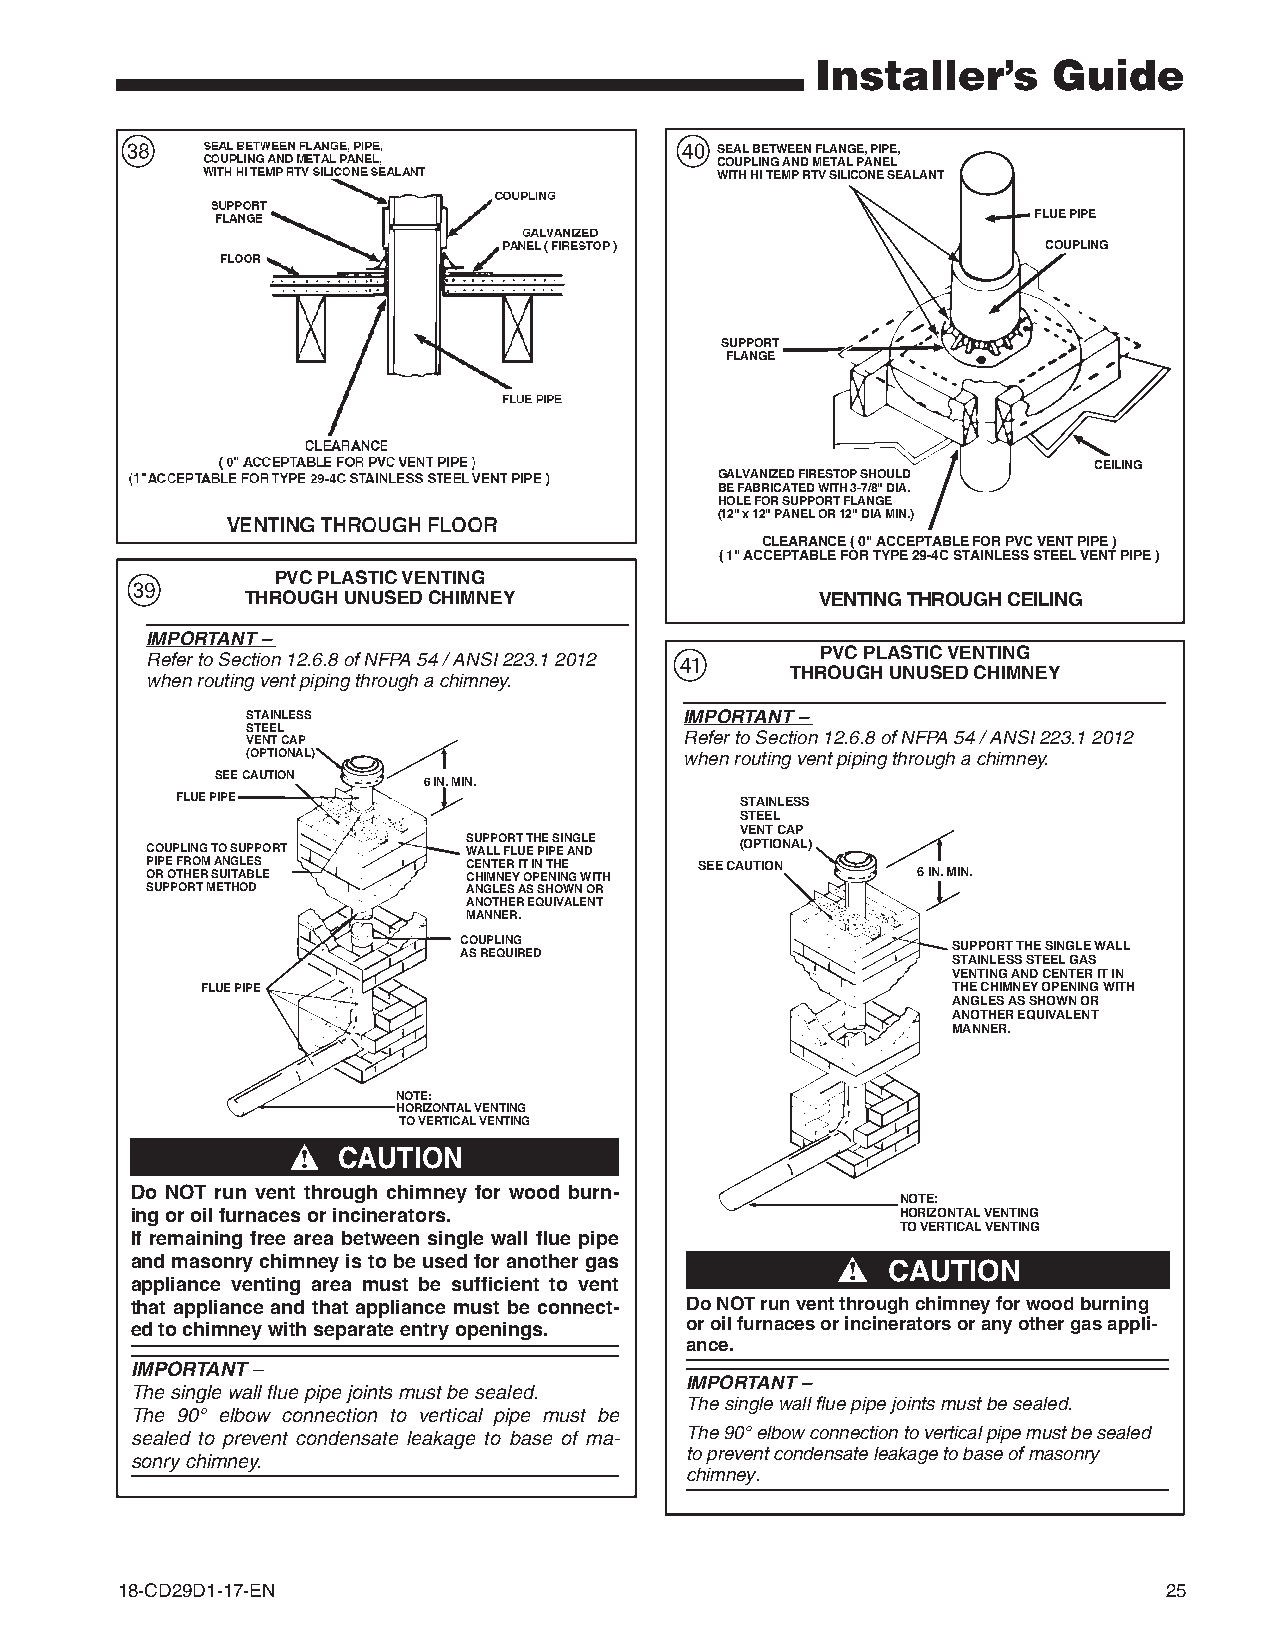
Installer’s     Guide
 ,                                    /
 SEAL BETWEEN FLANGE, PIPE,
 COUPLING AND METAL PANEL
 WITH HI TEMP RTV SILICONE SEALANT
 FLUE PIPE
 COUPLING
 SUPPORT
 FLANGE
 CEILING
 GALVANIZED FIRESTOP SHOULD
 BE FABRICATED WITH 3-7/8" DIA.
 HOLE FOR SUPPORT FLANGE
 (12" x 12" PANEL OR 12" DIA MIN.)
 CLEARANCE ( 0" ACCEPTABLE FOR PVC VENT PIPE )
 ( 1" ACCEPTABLE FOR TYPE 29-4C STAINLESS STEEL VENT PIPE )
 .         PVC PLASTIC VENTING
 THROUGH UNUSED CHIMNEY                VENTING THROUGH CEILING
 IMPORTANT –
 !         PVC PLASTIC VENTING
 Refer to Section 12.6.8 of NFPA 54 / ANSI 223.1 2012
 THROUGH UNUSED CHIMNEY
 when routing vent piping through a chimney.
 STAINLESS                    IMPORTANT –
 STEEL
 VENT CAP                     Refer to Section 12.6.8 of NFPA 54 / ANSI 223.1 2012
 (OPTIONAL)                   when routing vent piping through a chimney.
 SEE CAUTION
 6 IN. MIN.
 FLUE PIPE                            STAINLESS
 STEEL
 VENT CAP
 COUPLING TO SUPPORT  S WU AP LP LO FR LT U ETH PE IP S EI N AG NL DE (OPTIONAL)
 P OI RP E O F TR HO ERM SA UN ITG AL BE LS E C CE HN IMT NE ER Y I T O I PN E T NH INE G WITH SEE CAUTION 6 IN. MIN.
 SUPPORT METHOD       ANGLES AS SHOWN OR
 ANOTHER EQUIVALENT
 MANNER.
 COUPLING                         SUPPORT THE SINGLE WALL
 AS REQUIRED                      STAINLESS STEEL GAS
 VENTING AND CENTER IT IN
 FLUE PIPE                                         THE CHIMNEY OPENING WITH
 ANGLES AS SHOWN OR
 ANOTHER EQUIVALENT
 MANNER.
 NOTE:
 HORIZONTAL VENTING
 TO VERTICAL VENTING
 s
 ! CAUTION
 Do NOT run vent through chimney for wood burn-
 NOTE:
 ing or oil furnaces or incinerators.               HORIZONTAL VENTING
 TO VERTICAL VENTING
 If remaining free area between single wall flue pipe
 and masonry chimney is to be used for another gas s ! CAUTION
 appliance venting area must be sufficient to vent
 that appliance and that appliance must be connect- Do NOT run vent through chimney for wood burning
 ed to chimney with separate entry openings. or oil furnaces or incinerators or any other gas appli-
 ance.
 IMPORTANT –
 IMPORTANT –
 The single wall flue pipe joints must be sealed.
 The single wall flue pipe joints must be sealed.
 The 90° elbow connection to vertical pipe must be
 sealed to prevent condensate leakage to base of ma- The 90° elbow connection to vertical pipe must be sealed
 to prevent condensate leakage to base of masonry
 sonry chimney.
 chimney.
 18-CD29D1-17-EN                                                      25